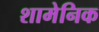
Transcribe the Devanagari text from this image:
शामेनिक